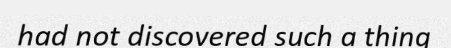
had not discovered such a thing